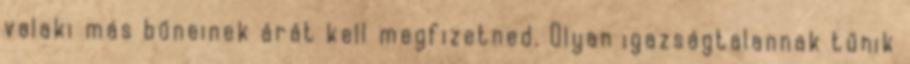
valaki más bűneinek árát kell megfizetned. Olyan igazságtalannak tűnik